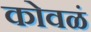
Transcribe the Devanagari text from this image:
कोवळं